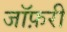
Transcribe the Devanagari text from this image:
जॉफ़री